Newspaper: The daily Argus.
Place of publication: Rock Island, Ill.
Publisher: [publisher not identified]
Date: 1875-06-03 00:00:00
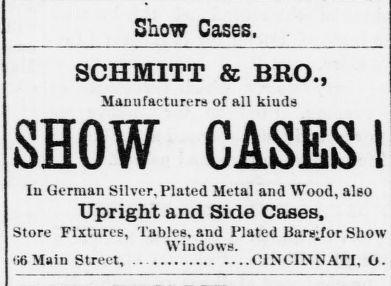
Advertisement text (OCR):
Show Cases, SCHMITT & BRO., Manufacturers of all kiuds SHOW CASES! In German Silver, Plated Metal and Wood, also Upright and Side Cases, Store Fixtures, Tables, and Plated Bars-for Show Windows. 6 Main Street, ....CINCINNATI, O.
Label: text-only